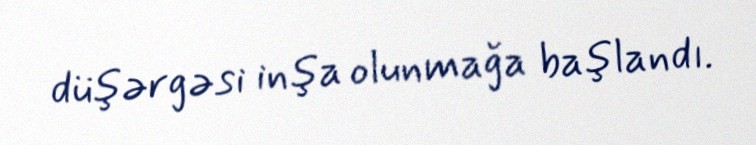
düşərgəsi inşa olunmağa başlandı.